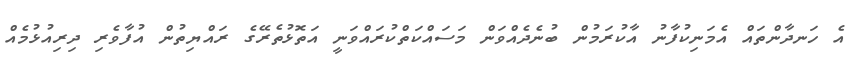
އެ ހަނދާންތައް އެމަނިކުފާނު އާކުރަމުން ބުނެދެއްވަން މަސައްކަތްކުރައްވަނީ އަތޮޅުތެރޭގެ ރައްޔިތުން އުފާވެރި ދިރިއުޅުމެއް